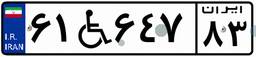
۶۱W۶۴۷۸۳